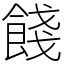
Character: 餞